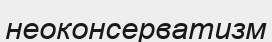
неоконсерватизм